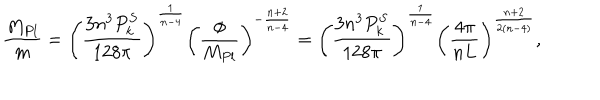
{ \frac { M _ { P l } } { m } } = \left( { \frac { 3 n ^ { 3 } P _ { k } ^ { S } } { 1 2 8 \pi } } \right) ^ { { \frac { 1 } { n - 4 } } } \left( { \frac { \phi } { M _ { P l } } } \right) ^ { - { \frac { n + 2 } { n - 4 } } } = \left( { \frac { 3 n ^ { 3 } P _ { k } ^ { S } } { 1 2 8 \pi } } \right) ^ { { \frac { 1 } { n - 4 } } } \left( { \frac { 4 \pi } { n L } } \right) ^ { { \frac { n + 2 } { 2 ( n - 4 ) } } } ,